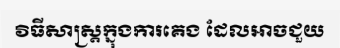
វិធីសាស្ត្រក្នុងការគេង ដែលអាចជួយ